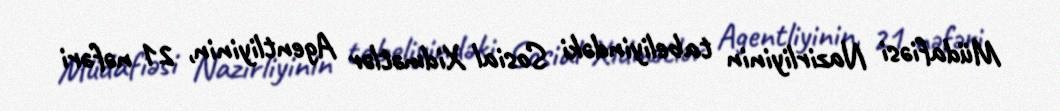
Müdafiəsi Nazirliyinin tabeliyindəki Sosial Xidmətlər Agentliyinin, 21 nəfəri